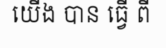
យើង បាន ធ្វើ ពី